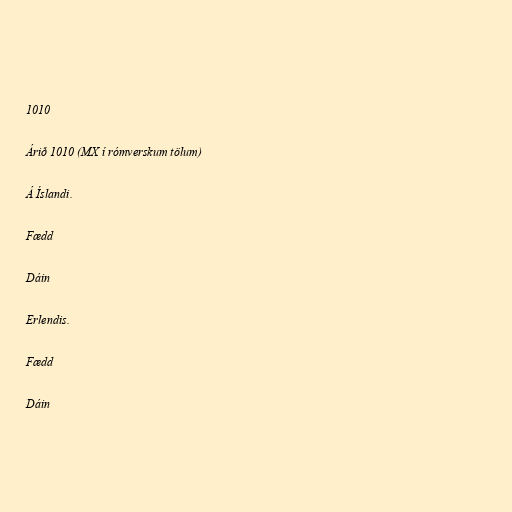
1010

Árið 1010 (MX í rómverskum tölum)

Á Íslandi.

Fædd

Dáin

Erlendis.

Fædd

Dáin